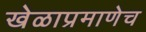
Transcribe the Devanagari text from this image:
खेळाप्रमाणेच